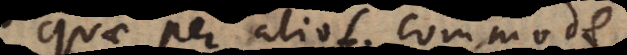
quae per alios commode